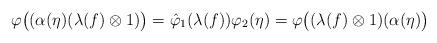
LaTeX: \begin{align*} \varphi\bigl((\alpha(\eta)(\lambda(f)\otimes 1)\bigr)=\hat{\varphi}_{1}(\lambda(f))\varphi_{2}(\eta) =\varphi\bigl((\lambda(f)\otimes 1)(\alpha(\eta)\bigr)\end{align*}